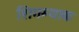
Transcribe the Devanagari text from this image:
शिगम्याक